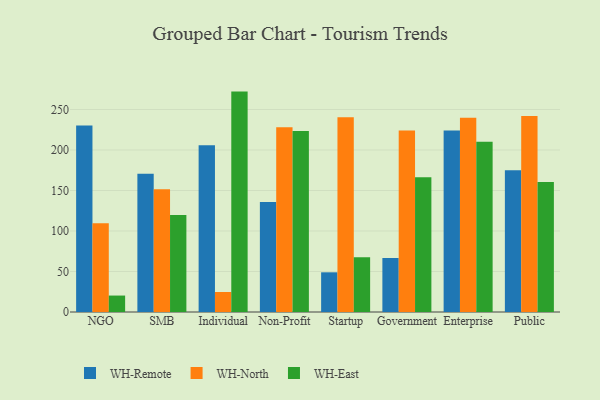
{"axis": {"x": "Segment", "y": "Active Users"}, "legend": ["WH-East", "WH-North", "WH-Remote"], "data": [{"x": "NGO", "y": 230.1, "type": "WH-Remote"}, {"x": "NGO", "y": 109.7, "type": "WH-North"}, {"x": "NGO", "y": 20.3, "type": "WH-East"}, {"x": "SMB", "y": 170.7, "type": "WH-Remote"}, {"x": "SMB", "y": 151.4, "type": "WH-North"}, {"x": "SMB", "y": 119.7, "type": "WH-East"}, {"x": "Individual", "y": 206.0, "type": "WH-Remote"}, {"x": "Individual", "y": 24.7, "type": "WH-North"}, {"x": "Individual", "y": 272.1, "type": "WH-East"}, {"x": "Non-Profit", "y": 135.9, "type": "WH-Remote"}, {"x": "Non-Profit", "y": 228.0, "type": "WH-North"}, {"x": "Non-Profit", "y": 223.4, "type": "WH-East"}, {"x": "Startup", "y": 49.0, "type": "WH-Remote"}, {"x": "Startup", "y": 240.5, "type": "WH-North"}, {"x": "Startup", "y": 67.5, "type": "WH-East"}, {"x": "Government", "y": 66.6, "type": "WH-Remote"}, {"x": "Government", "y": 224.1, "type": "WH-North"}, {"x": "Government", "y": 166.3, "type": "WH-East"}, {"x": "Enterprise", "y": 224.2, "type": "WH-Remote"}, {"x": "Enterprise", "y": 239.9, "type": "WH-North"}, {"x": "Enterprise", "y": 210.3, "type": "WH-East"}, {"x": "Public", "y": 175.0, "type": "WH-Remote"}, {"x": "Public", "y": 241.9, "type": "WH-North"}, {"x": "Public", "y": 160.5, "type": "WH-East"}]}